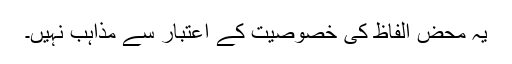
یہ محض الفاظ کی خصوصیت کے اعتبار سے مذاہب نہیں۔